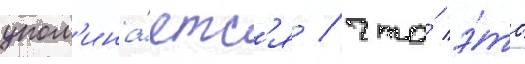
упом'ина́етс'я / что́ э́то